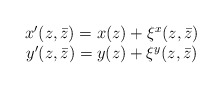
\begin{align*}\begin{array}{c}x'(z,\bar{z})=x(z)+\xi^x(z,\bar{z})\\y'(z,\bar{z})=y(z)+\xi^y(z,\bar{z})\end{array}\end{align*}